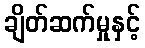
ချိတ်ဆက်မှုနှင့်